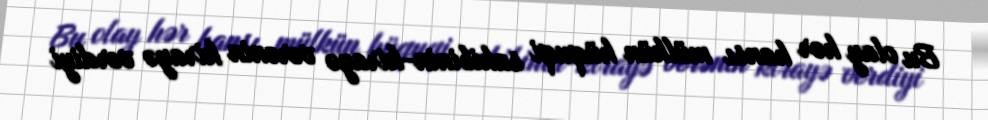
Bu olay hər hansı mülkün hüquqi sahibinin-kirayə verənin kirayə verdiyi